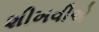
શીખવીએ